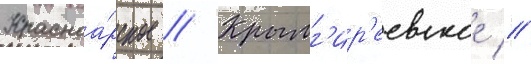
Красноа́рское // Крымг'ир'еевское //